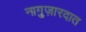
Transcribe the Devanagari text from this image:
नागुज़ारदात